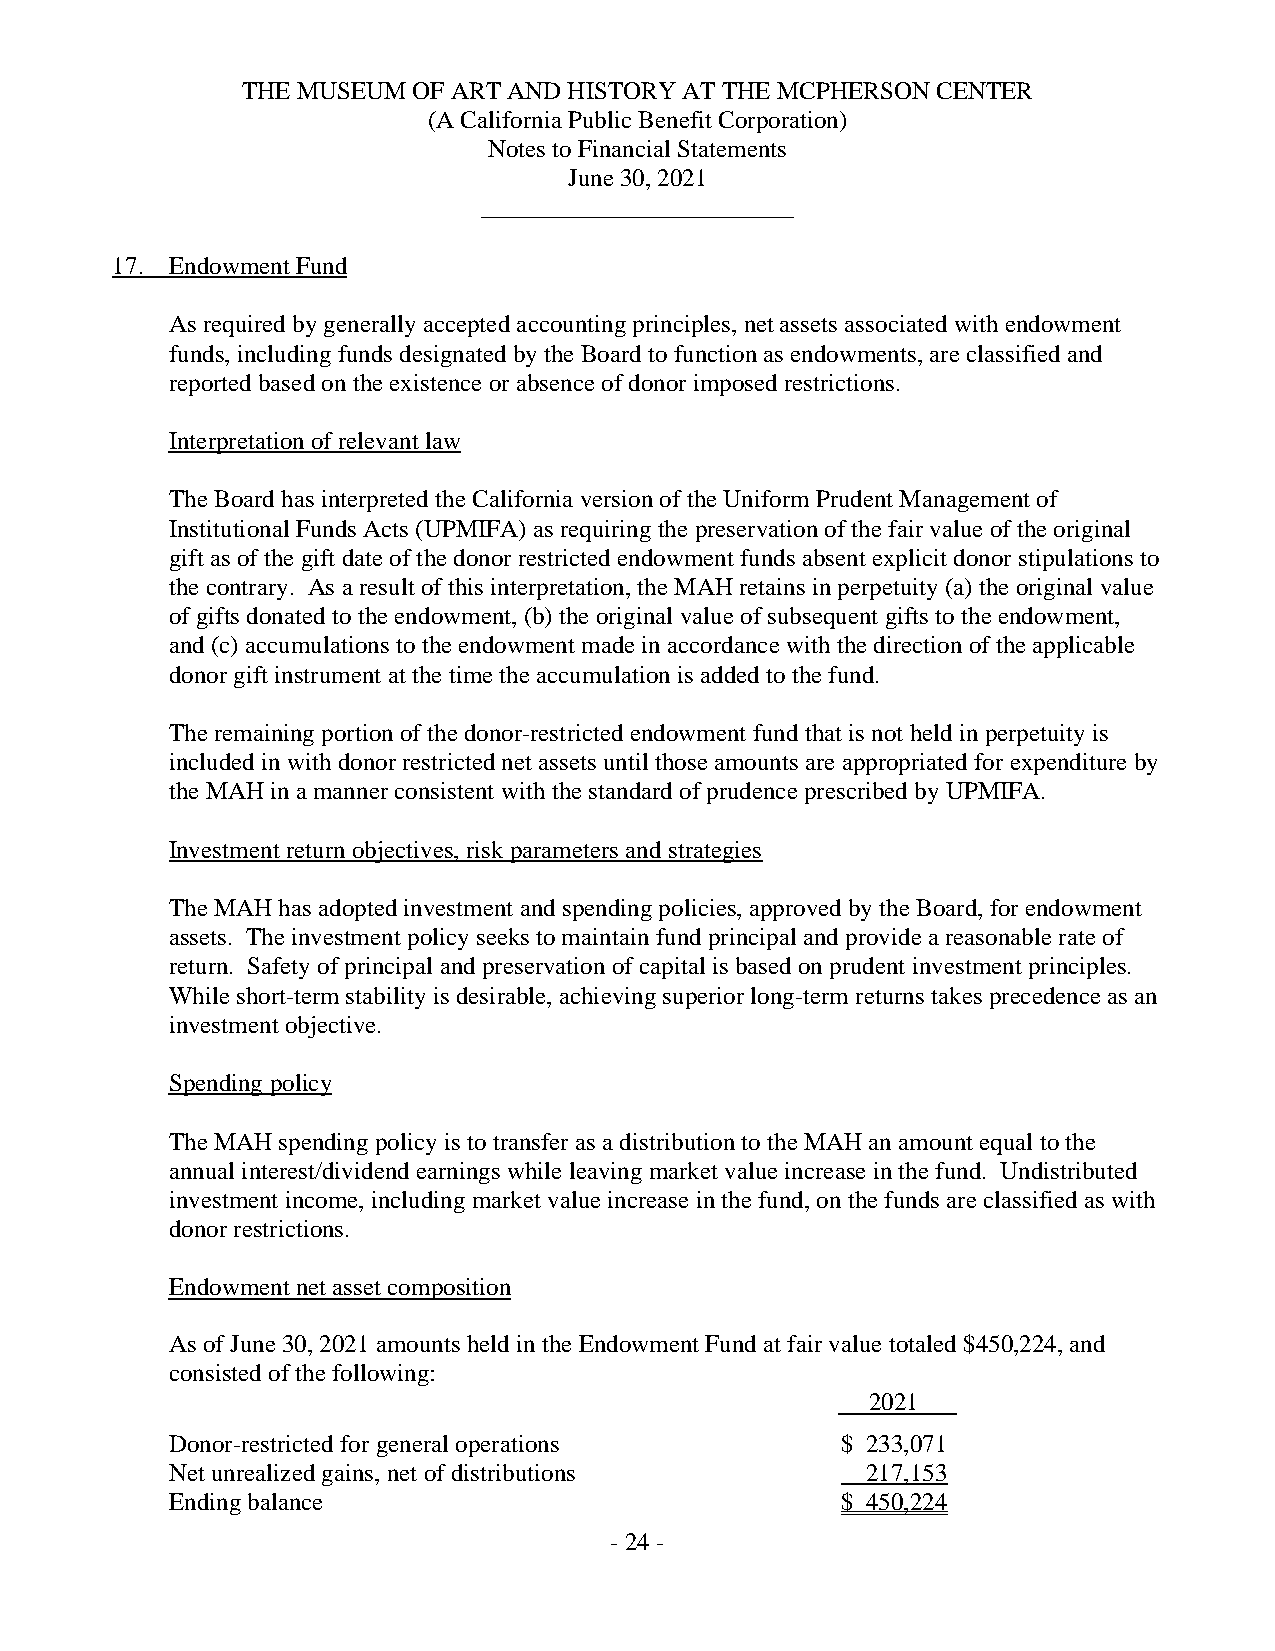
THE MUSEUM OF ART AND HISTORY AT THE MCPHERSON CENTER
 (A California Public Benefit Corporation)
 Notes to Financial Statements
 June 30, 2021
 _________________________
 17. Endowment Fund
 As required by generally accepted accounting principles, net assets associated with endowment
 funds, including funds designated by the Board to function as endowments, are classified and
 reported based on the existence or absence of donor imposed restrictions.
 Interpretation of relevant law
 The Board has interpreted the California version of the Uniform Prudent Management of
 Institutional Funds Acts (UPMIFA) as requiring the preservation of the fair value of the original
 gift as of the gift date of the donor restricted endowment funds absent explicit donor stipulations to
 the contrary. As a result of this interpretation, the MAH retains in perpetuity (a) the original value
 of gifts donated to the endowment, (b) the original value of subsequent gifts to the endowment,
 and (c) accumulations to the endowment made in accordance with the direction of the applicable
 donor gift instrument at the time the accumulation is added to the fund.
 The remaining portion of the donor-restricted endowment fund that is not held in perpetuity is
 included in with donor restricted net assets until those amounts are appropriated for expenditure by
 the MAH in a manner consistent with the standard of prudence prescribed by UPMIFA.
 Investment return objectives, risk parameters and strategies
 The MAH has adopted investment and spending policies, approved by the Board, for endowment
 assets. The investment policy seeks to maintain fund principal and provide a reasonable rate of
 return. Safety of principal and preservation of capital is based on prudent investment principles.
 While short-term stability is desirable, achieving superior long-term returns takes precedence as an
 investment objective.
 Spending policy
 The MAH spending policy is to transfer as a distribution to the MAH an amount equal to the
 annual interest/dividend earnings while leaving market value increase in the fund. Undistributed
 investment income, including market value increase in the fund, on the funds are classified as with
 donor restrictions.
 Endowment net asset composition
 As of June 30, 2021 amounts held in the Endowment Fund at fair value totaled $450,224, and
 consisted of the following:
 2021
 Donor-restricted for general operations      $ 233,071
 Net unrealized gains, net of distributions    217,153
 Ending balance                               $ 450,224
 -24 -